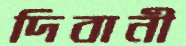
দিবানী